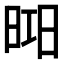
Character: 𣇖